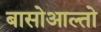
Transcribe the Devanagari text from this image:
बासोआल्तो